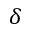
\delta